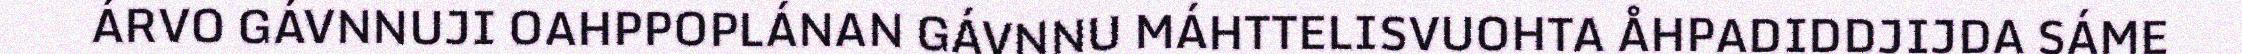
ÁRVO GÁVNNUJI OAHPPOPLÁNAN GÁVNNU MÁHTTELISVUOHTA ÅHPADIDDJIJDA SÁME